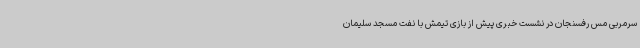
سرمربی مس رفسنجان در نشست خبری پیش از بازی تیمش با نفت مسجد سلیمان